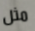
مثل